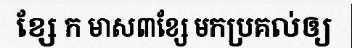
ខ្សែ ក មាស៣ខ្សែ មកប្រគល់ឲ្យ